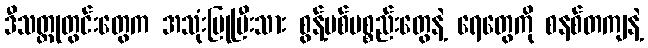
ဒီသတ္တုတွင်းတွေက အသုံးပြုပြီးသား စွန့်ပစ်ပစ္စည်းတွေနဲ့ ရေတွေကို စနစ်တကျနဲ့